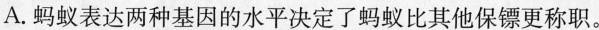
A.蚂蚁表达两种基因的水平决定了蚂蚁比其他保镖更称职。。